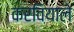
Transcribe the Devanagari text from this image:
करवियाले